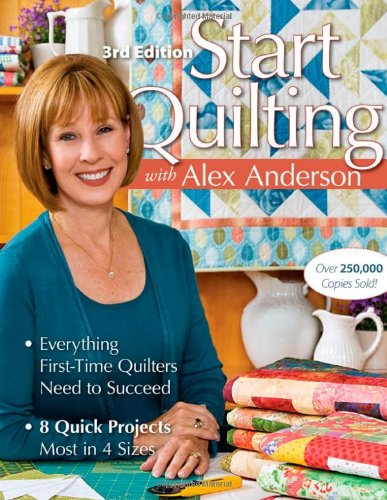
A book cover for Start Quilting with Alex Anderson: Everything First-Time Quilters Need to Succeed; 8 Quick Projects--Most in 4 Sizes; Alex Anderson; Crafts, Hobbies & Home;